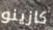
كازينو